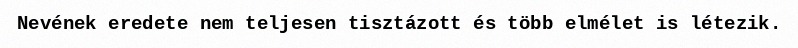
Nevének eredete nem teljesen tisztázott és több elmélet is létezik.